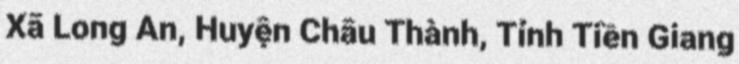
Xã Long An, Huyện Châu Thành, Tỉnh Tiền Giang